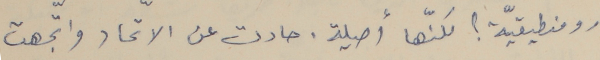
رومنطيقيّة ؟ لكنّها أصيلة. حادت عن الاتحاد واتجهت